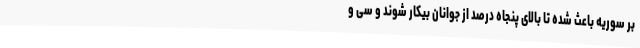
بر سوریه باعث شده تا بالای پنجاه درصد از جوانان بیکار شوند و سی و